Madras plague regulations in force outside the Presidency town - Volume 3
Disease focus: Plague
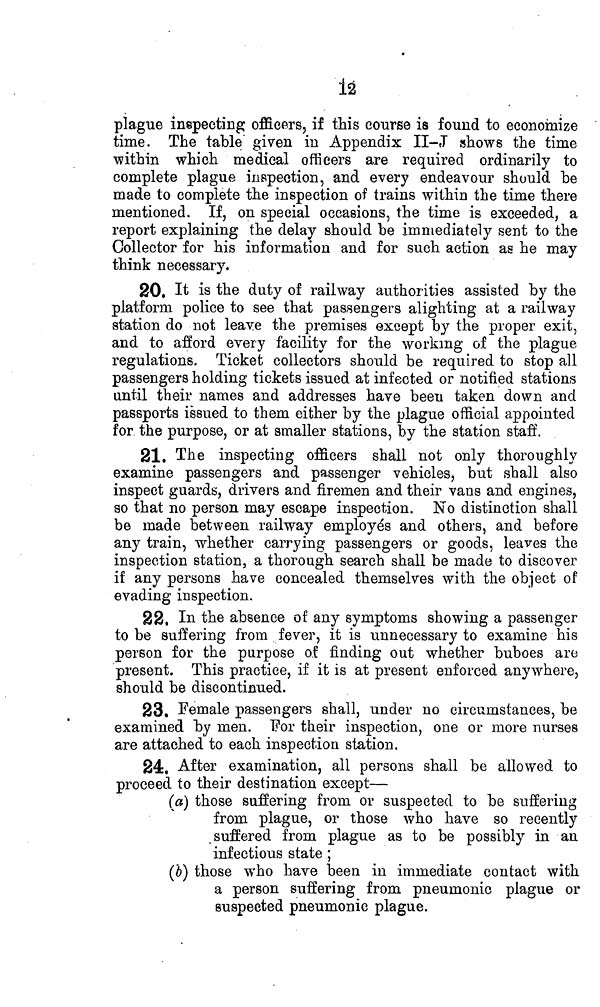
12
plague inspecting officers, if this course is found to economize
time. The table given in Appendix II-J shows the time
within which medical officers are required ordinarily to
complete plague inspection, and every endeavour should be
made to complete the inspection of trains within the time there
mentioned. If, on special occasions, the time is exceeded, a
report explaining the delay should be immediately sent to the
Collector for his information and for such action as he may
think necessary.
20. It is the duty of railway authorities assisted by the
platform police to see that passengers alighting at a railway
station do not leave the premises except by the proper exit,
and to afford every facility for the working of the plague-
regulations. Ticket collectors should be required to stop all
passengers holding tickets issued at infected or notified stations
until their names and addresses have been taken down and
passports issued to them either by the plague official appointed
for the purpose, or at smaller stations, by the station staff.
21. The inspecting officers shall not only thoroughly
examine passengers and passenger vehicles, but shall also
inspect guards, drivers and firemen and their vans and engines,
so that no person may escape inspection. No distinction shall
be made between railway employés and others, and before
any train, whether carrying passengers or goods, leaves the
inspection station, a thorough search shall be made to discover
if any persons have concealed themselves with the object of
evading inspection.
22. In the absence of any symptoms showing a passenger
to be suffering from fever, it is unnecessary to examine his
person for the purpose of finding out whether buboes are
present. This practice, if it is at present enforced anywhere,
should be discontinued.
23. Female passengers shall, under no circumstances, be
examined by men. "Por their inspection, one or more nurses
are attached to each inspection station.
24. After examination, all persons shall be allowed to
proceed to their destination except—
(a) those suffering from or suspected to be suffering
from plague, or those who have so recently
suffered from plague as to be possibly in an
infectious state ;
(b) those who have been in immediate contact with
a person suffering from pneumonic plague or
suspected pneumonic plague.